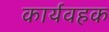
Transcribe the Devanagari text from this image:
कार्यवहक